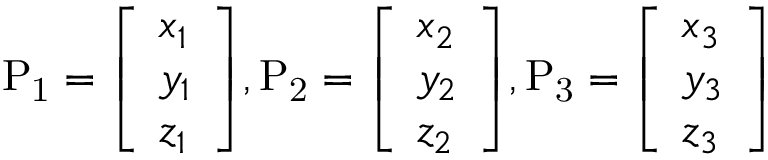
\mathrm { P _ { 1 } } = { \left[ \begin{array} { l } { x _ { 1 } } \\ { y _ { 1 } } \\ { z _ { 1 } } \end{array} \right] } , \mathrm { P _ { 2 } } = { \left[ \begin{array} { l } { x _ { 2 } } \\ { y _ { 2 } } \\ { z _ { 2 } } \end{array} \right] } , \mathrm { P _ { 3 } } = { \left[ \begin{array} { l } { x _ { 3 } } \\ { y _ { 3 } } \\ { z _ { 3 } } \end{array} \right] }